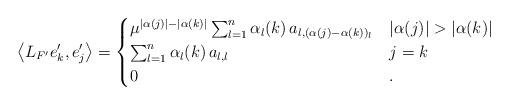
LaTeX: \begin{align*}\left\langle L_{F'}e_{k}',e_{j}' \right\rangle = \begin{cases} \mu^{|\alpha(j) |- |\alpha(k) |} \sum_{l=1}^n \alpha_l(k) \, a_{l,(\alpha(j)-\alpha(k))_l} & |\alpha(j) |> |\alpha(k)| \\ \sum_{l=1}^n \alpha_l(k) \, a_{l,l} & j= k \\0 & .\end{cases}\end{align*}